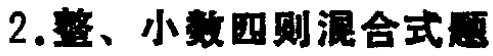
2.整、小数四则混合式题